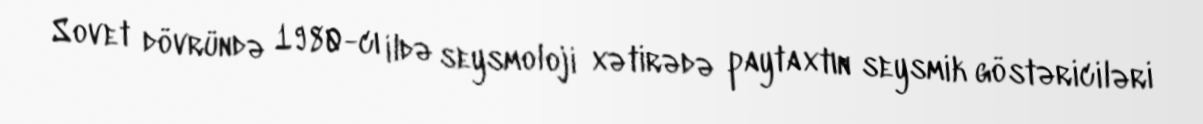
Sovet dövründə 1980-cı ildə seysmoloji xətirədə paytaxtın seysmik göstəriciləri